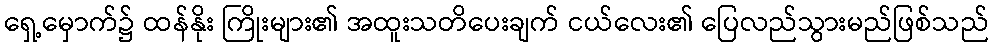
ရှေ့မှောက်၌ ထန်နိုး ကြိုးများ၏ အထူးသတိပေးချက် ငယ်လေး၏ ပြေလည်သွားမည်ဖြစ်သည်